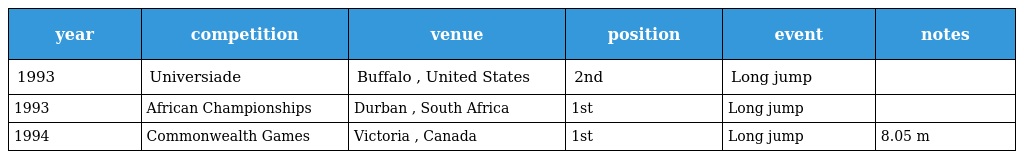
| year | competition | venue | position | event | notes |
 | --- | --- | --- | --- | --- | --- |
 | 1993 | Universiade | Buffalo , United States | 2nd | Long jump |  |
 | 1993 | African Championships | Durban , South Africa | 1st | Long jump |  |
 | 1994 | Commonwealth Games | Victoria , Canada | 1st | Long jump | 8.05 m |